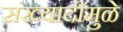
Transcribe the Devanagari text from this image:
संख्यादींमुळे